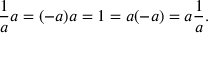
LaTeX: { \frac { 1 } { a } } a = ( - a ) a = 1 = a ( - a ) = a { \frac { 1 } { a } } .